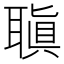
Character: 𦗀